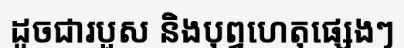
ដូចជារបួស និងបុព្វហេតុផ្សេងៗ